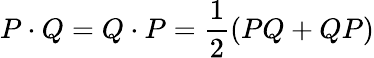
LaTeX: P\cdot Q=Q\cdot P=\frac{1}{2}(PQ+QP)